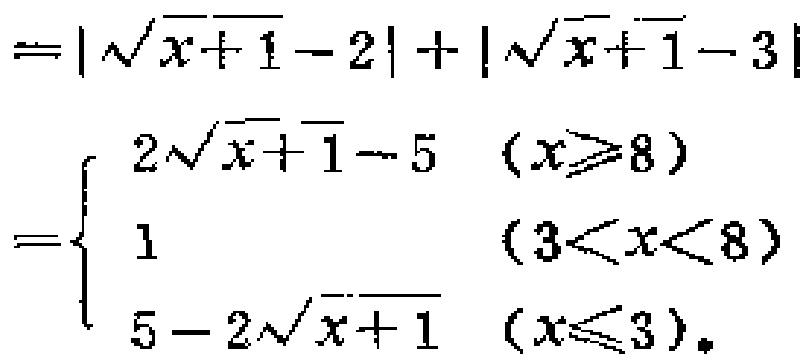
\[

\begin{align*}

&=|\sqrt{x + 1}-2|+|\sqrt{x + 1}-3|\\

&=

\begin{cases}

2\sqrt{x + 1}-5&(x\geqslant8)\\

1&(3<x<8)\\

5 - 2\sqrt{x + 1}&(x\leqslant3)

\end{cases}

\end{align*}

\]